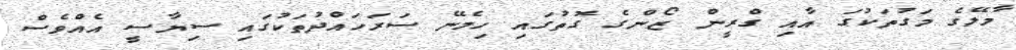
މާލޭގެ މަގުތަކުގަ އާއި ގްރީން ޒޯންގެ ގޮތުގައި ހިމެނޭ ސަރަހައްދުތަކުގައި ސިޔާސީ އެއްވެސް